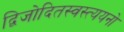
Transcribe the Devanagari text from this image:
द्विजोदितस्वस्त्ययनो